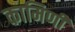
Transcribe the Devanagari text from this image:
कामिणी